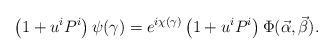
LaTeX: \begin{align*}\left(1+u^iP^i\right)\psi(\gamma)=e^{i\chi(\gamma)}\left(1+u^iP^i\right)\Phi(\vec\alpha,\vec\beta).\end{align*}